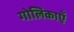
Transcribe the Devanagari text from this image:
गोलिकाएँ